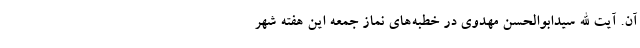
آن. آیت الله سیدابوالحسن مهدوی در خطبه‌های نماز جمعه این هفته شهر